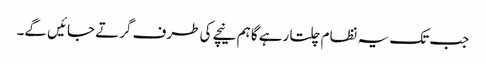
جب تک یہ نظام چلتا رہے گا ہم نیچے کی طرف گرتے جائیں گے۔